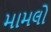
મામલો